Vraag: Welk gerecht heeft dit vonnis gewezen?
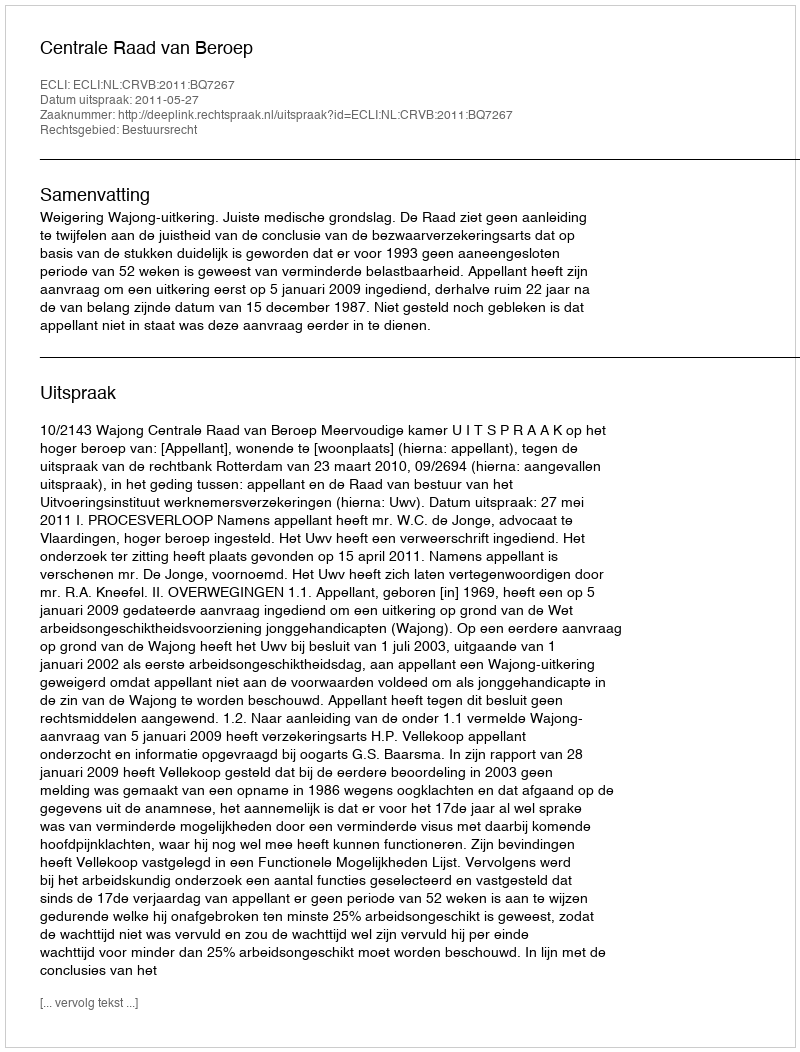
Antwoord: Centrale Raad van Beroep